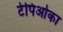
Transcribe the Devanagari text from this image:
टेपिओका